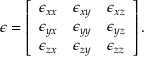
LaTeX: { \boldsymbol { \epsilon } } = \left[ { \begin{array} { l l l } { \epsilon _ { x x } } & { \epsilon _ { x y } } & { \epsilon _ { x z } } \\ { \epsilon _ { y x } } & { \epsilon _ { y y } } & { \epsilon _ { y z } } \\ { \epsilon _ { z x } } & { \epsilon _ { z y } } & { \epsilon _ { z z } } \end{array} } \right] .